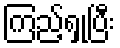
ကြည့်ရှုပြီး